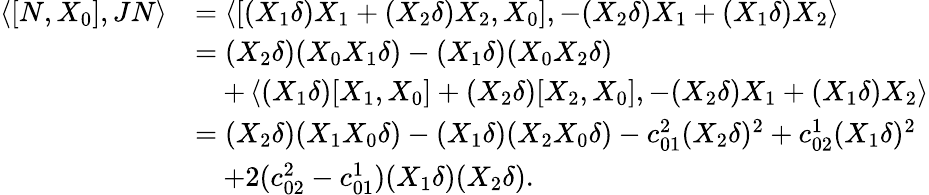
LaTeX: \begin{array}{rl}{\left\langle[N,X_{0}],JN\right\rangle}&{=\left\langle[(X_{1}\delta)X_{1}+(X_{2}\delta)X_{2},X_{0}],-(X_{2}\delta)X_{1}+(X_{1}\delta)X_{2}\right\rangle}\\ &{=(X_{2}\delta)(X_{0}X_{1}\delta)-(X_{1}\delta)(X_{0}X_{2}\delta)}\\ &{\quad+\left\langle(X_{1}\delta)[X_{1},X_{0}]+(X_{2}\delta)[X_{2},X_{0}],-(X_{2}\delta)X_{1}+(X_{1}\delta)X_{2}\right\rangle}\\ &{=(X_{2}\delta)(X_{1}X_{0}\delta)-(X_{1}\delta)(X_{2}X_{0}\delta)-c_{01}^{2}(X_{2}\delta)^{2}+c_{02}^{1}(X_{1}\delta)^{2}}\\ &{\quad+2(c_{02}^{2}-c_{01}^{1})(X_{1}\delta)(X_{2}\delta).}\end{array}